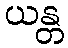
ယန္တ